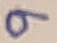
Text: 9